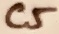
Text: C5